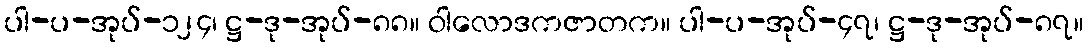
ပါ-ပ-အုပ်-၁၂၄၊ ဋ္ဌ-ဒု-အုပ်-၈၈။ ဝါလောဒကဇာတက။ ပါ-ပ-အုပ်-၄၇၊ ဋ္ဌ-ဒု-အုပ်-၈၇။